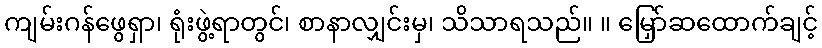
ကျမ်းဂန်ဖွေရှာ၊ ရုံးဖွဲ့ရာတွင်၊ စာနာလျှင်းမှ၊ သိသာရသည်။ ။ မြှော်ဆထောက်ချင့်